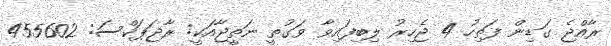
ރާއްޖެ ގަޑިން ފަތިހު 4 ޖެހިރު ލިބިފައިވާ ވަގުތީ ނަތީޖާއަކީ: ރާޖަޕަކްސަ: 455602